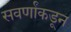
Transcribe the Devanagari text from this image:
सवर्णांकडून